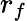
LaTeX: r_{f}